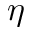
\eta